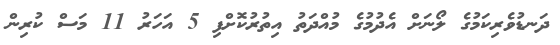
ދަނޑުވެރިކަމުގެ ލޯނަށް އެދުމުގެ މުއްދަތު އިތުރުކޮށްފި 5 އަހަރު 11 މަސް ކުރިން